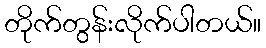
တိုက်တွန်းလိုက်ပါတယ်။